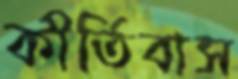
কীর্তিবাস